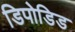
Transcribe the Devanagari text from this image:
डिपोडिड